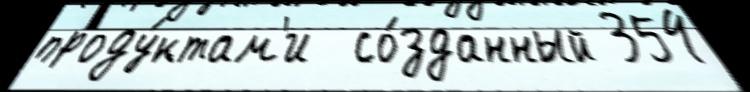
проду́ктам'и  со́зданный 354